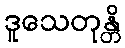
ဒူသေတုန္တိ